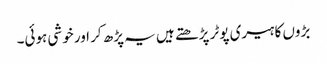
بڑوں کا ہیری پوٹر پڑھتے ہیں یہ پڑھ کر اور خوشی ہوئی۔